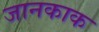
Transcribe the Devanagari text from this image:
जानकाक